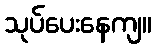
သုပ်ပေးနေကျ။